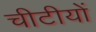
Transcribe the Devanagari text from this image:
चीटीयों